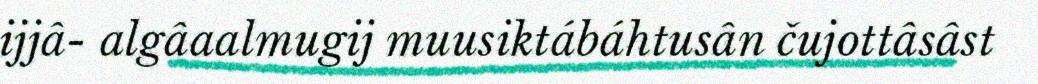
ijjâ- algâaalmugij muusiktábáhtusân čujottâsâst